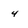
Character: 4